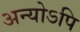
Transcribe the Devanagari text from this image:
अन्योऽपि